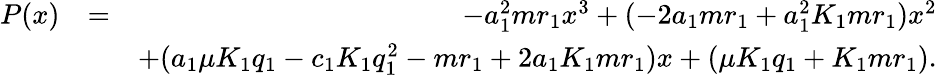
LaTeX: \begin{array}{rlr}{P(x)}&{=}&{-a_{1}^{2}mr_{1}x^{3}+(-2a_{1}mr_{1}+a_{1}^{2}K_{1}mr_{1})x^{2}}\\ &{}&{+(a_{1}\mu K_{1}q_{1}-c_{1}K_{1}q_{1}^{2}-mr_{1}+2a_{1}K_{1}mr_{1})x+(\mu K_{1}q_{1}+K_{1}mr_{1}).}\end{array}